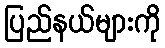
ပြည်နယ်များကို